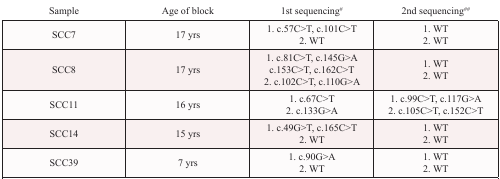
<table><thead><tr><td><b>Sample</b></td><td><b>Age of block</b></td><td><b>1st sequencing<sup>#</sup></b></td><td><b>2nd sequencing<sup>##</sup></b></td></tr></thead><tbody><tr><td>SCC7</td><td>17 yrs</td><td>1. c.57C&gt;T, c.101C&gt;T2. WT</td><td>1. WT2. WT</td></tr><tr><td>SCC8</td><td>17 yrs</td><td>1. c.81C&gt;T, c.145G&gt;Ac.153C&gt;T, c.162C&gt;T2. c.102C&gt;T, c.110G&gt;A</td><td>1. WT2. WT</td></tr><tr><td>SCC11</td><td>16 yrs</td><td>1. c.67C&gt;T2. c.133G&gt;A</td><td>1. c.99C&gt;T, c.117G&gt;A2. c.105C&gt;T, c.152C&gt;T</td></tr><tr><td>SCC14</td><td>15 yrs</td><td>1. c.49G&gt;T, c.165C&gt;T2. WT</td><td>1. WT2. WT</td></tr><tr><td>SCC39</td><td>7 yrs</td><td>1. c.90G&gt;A2. WT</td><td>1. WT2. WT</td></tr></tbody></table>